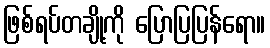
ဖြစ်ရပ်တချို့ကို ပြောပြပြန်ရော။